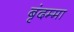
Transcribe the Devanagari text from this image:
बृंदम्मा